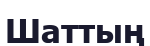
Шаттың